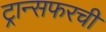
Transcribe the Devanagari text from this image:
ट्रान्सफरची